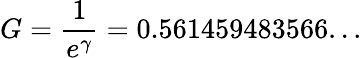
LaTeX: G={\frac{1}{e^{\gamma}}}=0.561459483566...